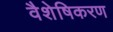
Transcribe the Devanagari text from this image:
वैशेषिकरण